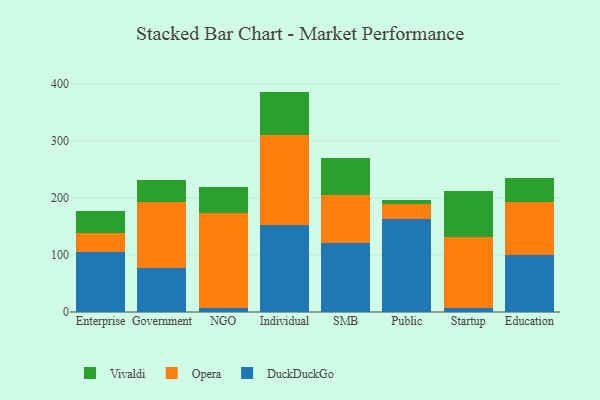
{"axis": {"x": "Segment", "y": "Page Views"}, "legend": ["DuckDuckGo", "Opera", "Vivaldi"], "data": [{"x": "Enterprise", "y": 104.5, "type": "DuckDuckGo"}, {"x": "Enterprise", "y": 34.0, "type": "Opera"}, {"x": "Enterprise", "y": 38.2, "type": "Vivaldi"}, {"x": "Government", "y": 77.7, "type": "DuckDuckGo"}, {"x": "Government", "y": 115.4, "type": "Opera"}, {"x": "Government", "y": 38.1, "type": "Vivaldi"}, {"x": "NGO", "y": 6.4, "type": "DuckDuckGo"}, {"x": "NGO", "y": 166.3, "type": "Opera"}, {"x": "NGO", "y": 46.7, "type": "Vivaldi"}, {"x": "Individual", "y": 152.8, "type": "DuckDuckGo"}, {"x": "Individual", "y": 156.9, "type": "Opera"}, {"x": "Individual", "y": 76.5, "type": "Vivaldi"}, {"x": "SMB", "y": 120.8, "type": "DuckDuckGo"}, {"x": "SMB", "y": 83.8, "type": "Opera"}, {"x": "SMB", "y": 64.8, "type": "Vivaldi"}, {"x": "Public", "y": 163.3, "type": "DuckDuckGo"}, {"x": "Public", "y": 26.6, "type": "Opera"}, {"x": "Public", "y": 6.2, "type": "Vivaldi"}, {"x": "Startup", "y": 6.2, "type": "DuckDuckGo"}, {"x": "Startup", "y": 125.7, "type": "Opera"}, {"x": "Startup", "y": 80.1, "type": "Vivaldi"}, {"x": "Education", "y": 100.5, "type": "DuckDuckGo"}, {"x": "Education", "y": 92.6, "type": "Opera"}, {"x": "Education", "y": 41.2, "type": "Vivaldi"}]}